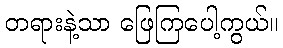
တရားနဲ့သာ ဖြေကြပေါ့ကွယ်။